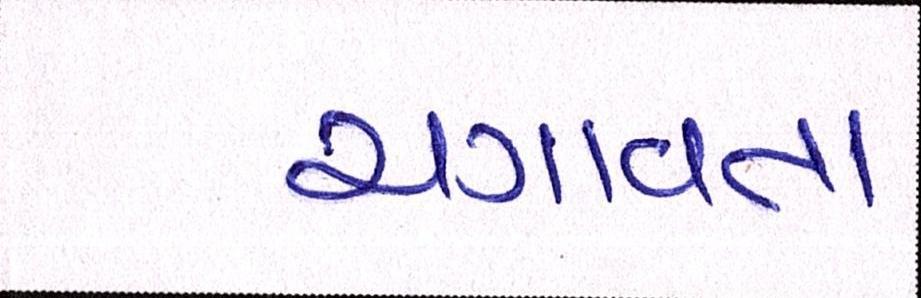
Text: ચગાવતા